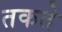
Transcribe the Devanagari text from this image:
तकते